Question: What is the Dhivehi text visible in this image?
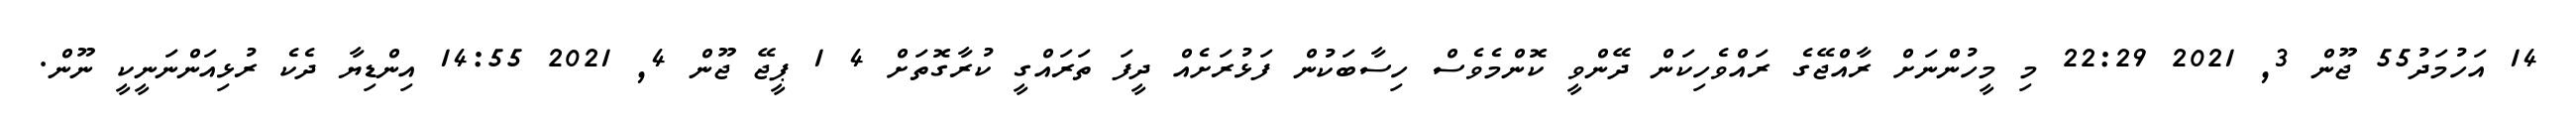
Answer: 14 އަހުމަދު55 ޖޫން 3, 2021 22:29 މި މީހުންނަށް ރާއްޖޭގެ ރައްވެހިކަން ދޭންވީ ކޮންމެވެސް ހިސާބަކުން ފަޅުރަށެއް ދީފަ ތަރައްގީ ކުރާގޮތަށް 4 1 ޕީޖޭ ޖޫން 4, 2021 14:55 އިންޑިޔާ ދެކެ ރުޅިއަންނަނީކީ ނޫން.